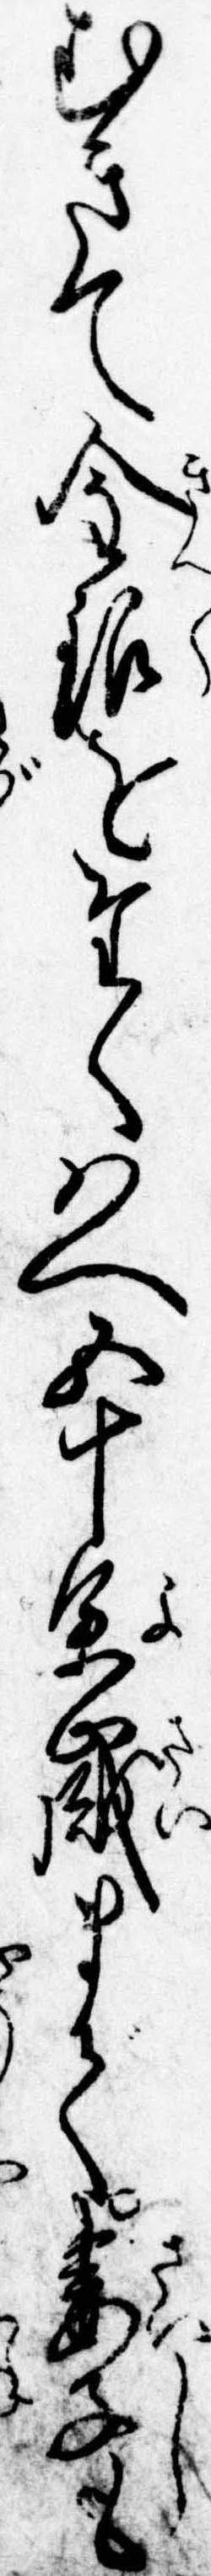
むきて金銀をたくはへ五十余歳まで妻子も